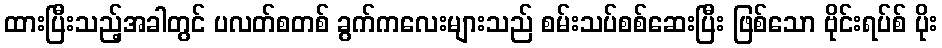
ထားပြီးသည့်အခါတွင် ပလတ်စတစ် ခွက်ကလေးများသည် စမ်းသပ်စစ်ဆေးပြီး ဖြစ်သော ဗိုင်းရပ်စ် ပိုး